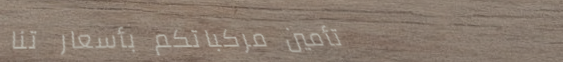
تأمين مركباتكم بأسعار تنا